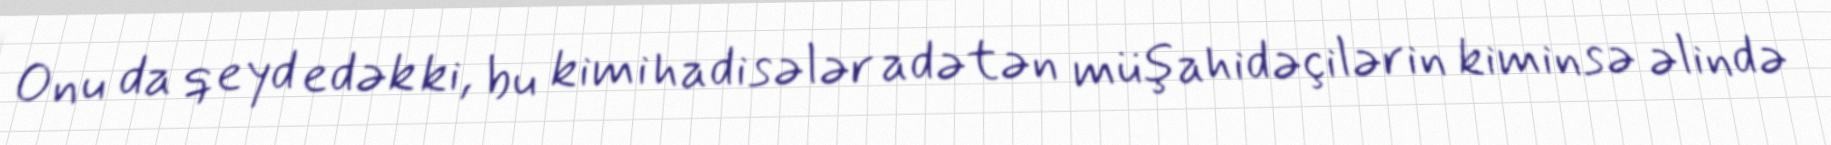
Onu da qeyd edək ki, bu kimi hadisələr adətən müşahidəçilərin kiminsə əlində